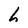
Character: h